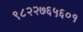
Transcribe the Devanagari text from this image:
९८२२७६५६०१